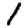
Digit: 1